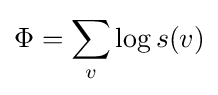
\Phi =\sum _{v}\log {s(v)}